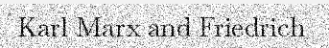
Karl Marx and Friedrich